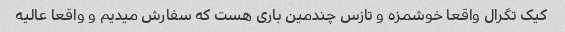
کیک تگرال واقعا خوشمزه و تازس چندمین باری هست که سفارش میدیم و واقعا عالیه